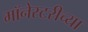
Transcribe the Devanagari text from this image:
मॉनेस्टरीच्या